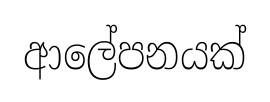
ආලේපනයක්